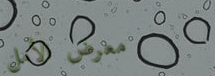
معرض الأمل